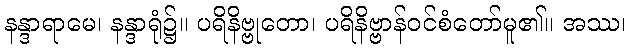
နန္ဒာရာမေ၊ နန္ဒာရုံ၌။ ပရိနိဗ္ဗုတော၊ ပရိနိဗ္ဗာန်ဝင်စံတော်မူ၏။ အဿ၊